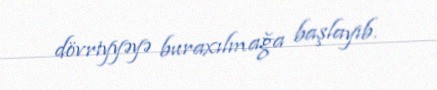
dövriyyəyə buraxılmağa başlayıb.